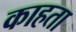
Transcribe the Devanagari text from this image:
काहता